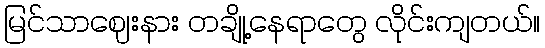
မြင်သာဈေးနား တချို့နေရာတွေ လိုင်းကျတယ်။